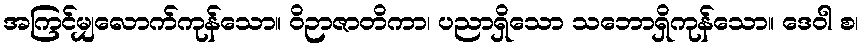
အကြင်မျှလောက်ကုန်သော။ ဝိဉာဇာတိကာ၊ ပညာရှိသော သဘောရှိကုန်သော။ ဒေဝါ စ၊